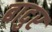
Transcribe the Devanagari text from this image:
बादुर